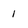
Character: 1